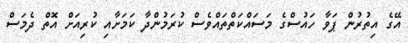
އޭގެ އިތުރުން ޕަވާ ހައުސްގެ މަސައްކަތްތައްވެސް ކުރަމުންދާ ކަމަށާއި ކުރިއަށް އޮތް ދެމަސް